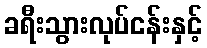
ခရီးသွားလုပ်ငန်းနှင့်